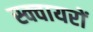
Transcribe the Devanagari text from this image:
स्क्वायरों